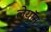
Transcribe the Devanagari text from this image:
लेयॉन